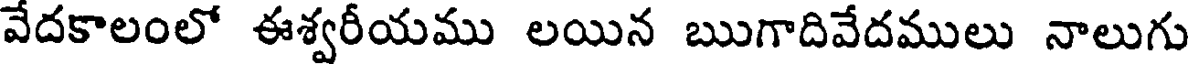
వేదకాలంలో ఈశ్వరీయము లయిన ఋగాదివేదములు నాలుగు